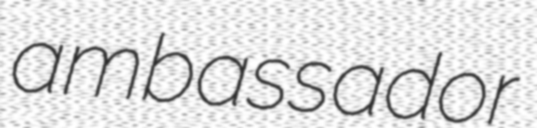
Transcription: ambassador